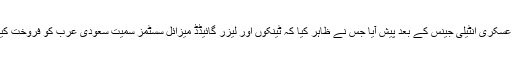
یہ واقعہ ایک آن لائن تفتیشی ویب سائٹ پر لیک ہونے والی فرانسیسی عسکری انٹیلی جینس کے بعد پیش آیا جس نے ظاہر کیا کہ ٹینکوں اور لیزر گائیڈڈ میزائل سسٹمز سمیت سعودی عرب کو فروخت کیا گیا اسلحہ یمن کی جنگ میں عام شہریوں کے خلاف استعمال کیا گیا۔